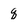
Character: q